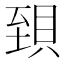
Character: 𧵼